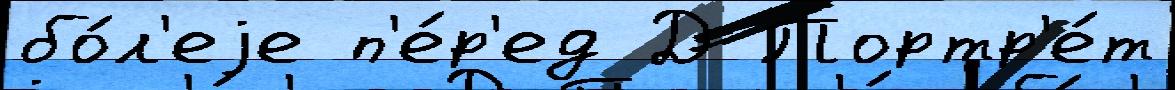
бо́л'еjе п'е́р'ед Д Портр'е́т